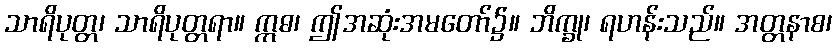
သာရိပုတ္တ၊ သာရိပုတ္တရာ။ ဣဓ၊ ဤအဆုံးအမတော်၌။ ဘိက္ခု၊ ရဟန်းသည်။ အတ္တနာစ၊